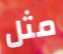
مثل